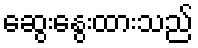
ဆွေးနွေးထားသည်